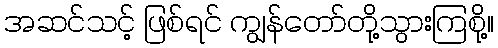
အဆင်သင့် ဖြစ်ရင် ကျွန်တော်တို့သွားကြစို့။